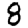
Digit: 8